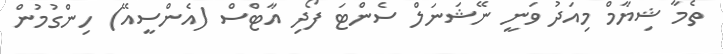
ތެމާ ޝިޔާމް މިއަދު ވަނީ ނޭޝަނަލް ސެންޓަ ފޯދި އާޓްސް (އެންސީއޭ) ހިންގުމުން